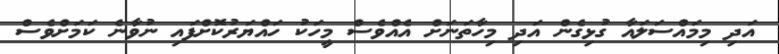
އަދި މިމައްސަލައާ ގުޅިގެން އަދި މިހާތަނަށް އެއްވެސް މީހަކު ހައްޔަރުކޮށްފައި ނުވާނެ ކަމަށްވެސް